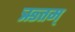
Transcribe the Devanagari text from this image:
ऋतम्